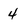
Character: 4